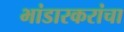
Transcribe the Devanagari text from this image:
भांडारकरांचा